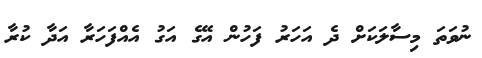
ނުވަތަ މިސާލަކަށް ދެ އަހަރު ފަހުން އޭގެ އަގު އެއްފަހަރާ އަދާ ކުރާ